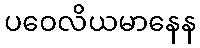
ပဝေလိယမာနေန